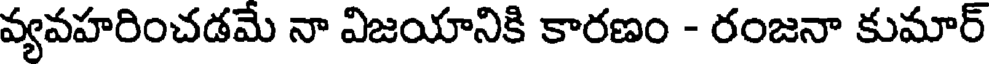
వ్యవహరించడమే నా విజయానికి కారణం - రంజనా కుమార్